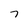
Character: 7